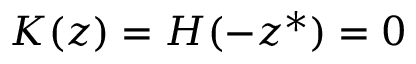
K ( z ) = H ( - z ^ { * } ) = 0